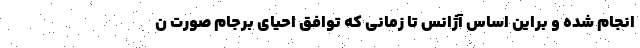
انجام شده و براین اساس آژانس تا زمانی که توافق احیای برجام صورت ن